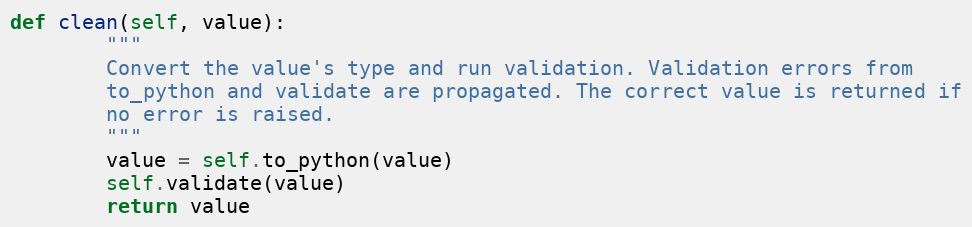
Language: Python
def clean(self, value):
        """
        Convert the value's type and run validation. Validation errors from
        to_python and validate are propagated. The correct value is returned if
        no error is raised.
        """
        value = self.to_python(value)
        self.validate(value)
        return value